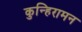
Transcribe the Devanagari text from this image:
कुन्हिरामन